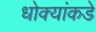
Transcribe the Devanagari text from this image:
धोक्यांकडे